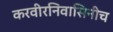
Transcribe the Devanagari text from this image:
करवीरनिवासिनीच